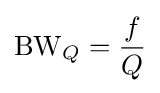
{\rm {BW}}_{Q}={\frac {f}{Q}}